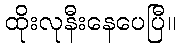
ထိုးလုနီးနေပေပြီ။